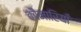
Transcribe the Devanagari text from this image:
कौमारियाँ